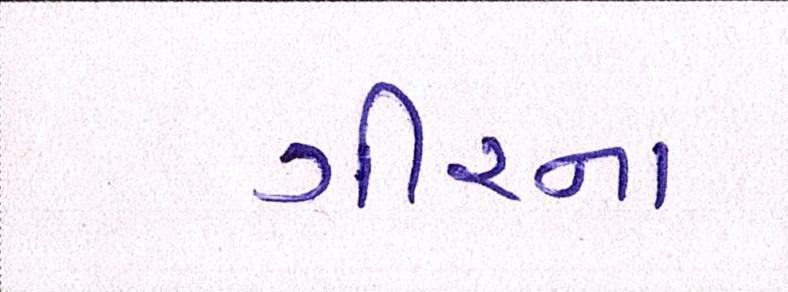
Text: ગીરના